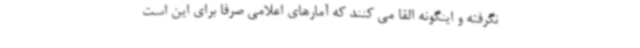
نگرفته و اینگونه القا می کنند که آمارهای اعلامی صرفا برای این است